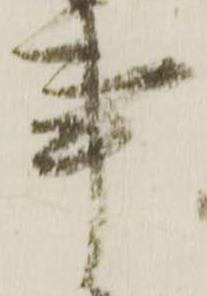
事